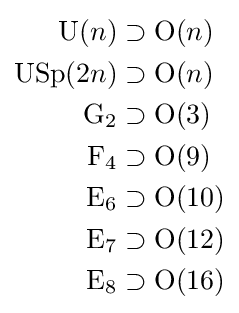
{\begin{aligned}\mathrm {U} (n)&\supset \mathrm {O} (n)\\\mathrm {USp} (2n)&\supset \mathrm {O} (n)\\\mathrm {G} _{2}&\supset \mathrm {O} (3)\\\mathrm {F} _{4}&\supset \mathrm {O} (9)\\\mathrm {E} _{6}&\supset \mathrm {O} (10)\\\mathrm {E} _{7}&\supset \mathrm {O} (12)\\\mathrm {E} _{8}&\supset \mathrm {O} (16)\end{aligned}}